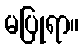
မပြုရာ။